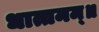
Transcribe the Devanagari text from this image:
धात्तमम्‌॥